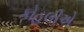
કોહલીએ